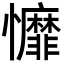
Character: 戂